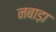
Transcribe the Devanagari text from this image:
नबाड़ा